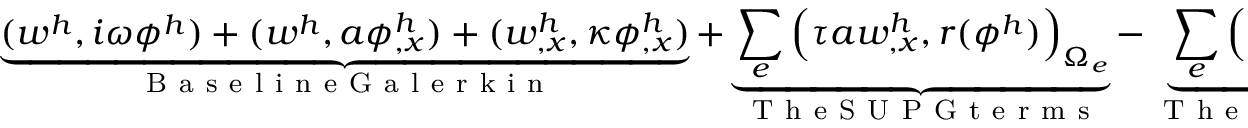
\underbrace { ( w ^ { h } , i \omega \phi ^ { h } ) + ( w ^ { h } , a \phi _ { , x } ^ { h } ) + ( w _ { , x } ^ { h } , \kappa \phi _ { , x } ^ { h } ) } _ { \mathrm { ~ B ~ a ~ s ~ e ~ l ~ i ~ n ~ e ~ G ~ a ~ l ~ e ~ r ~ k ~ i ~ n ~ } } + \underbrace { \sum _ { e } \Big ( \tau a w _ { , x } ^ { h } , r ( \phi ^ { h } ) \Big ) _ { \Omega _ { e } } } _ { \mathrm { ~ T ~ h ~ e ~ S ~ U ~ P ~ G ~ t ~ e ~ r ~ m ~ s ~ } } - \underbrace { \sum _ { e } \Big ( i \omega \tau w ^ { h } , r ( \phi ^ { h } ) \Big ) _ { \Omega _ { e } } } _ { \mathrm { ~ T ~ h ~ e ~ n ~ e ~ w ~ V ~ M ~ S ~ t ~ e ~ r ~ m ~ s ~ } } = 0 .